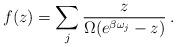
LaTeX: \begin{align*}f(z)=\sum_{j}\frac{z}{\Omega(e^{\beta\omega_{j}}-z)}\:.\end{align*}